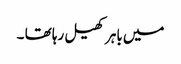
میں باہر کھیل رہا تھا ۔